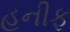
હનીફ